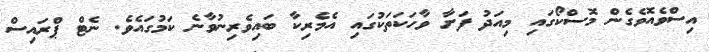
އިސްވެއޮވެގެން މޮސްކޯގައި މިއަދު ފަށާ ވާހަކަތަކުގައި އެމެރިކާ ބައިވެރިނުވާނެ ކަމުގައެވެ. ނެޓް ޕްރައިސް